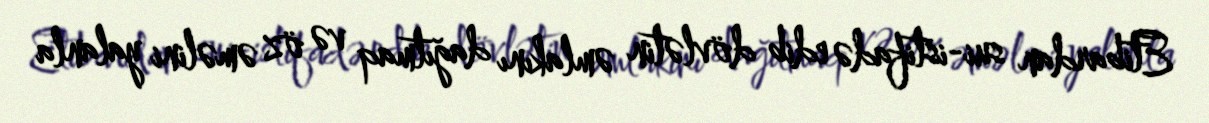
Etibardan sui-istifadə edib dövlətin əmlakını dağıtmaq və öz əməlini yalanla